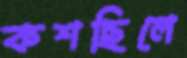
কশছিলে